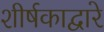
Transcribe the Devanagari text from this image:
शीर्षकाद्वारे